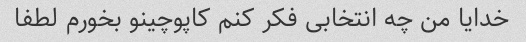
خدایا من چه انتخابی فکر کنم کاپوچینو بخورم لطفا